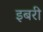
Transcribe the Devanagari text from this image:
इबरी